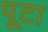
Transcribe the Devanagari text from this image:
पूटा